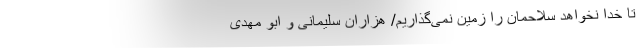
تا خدا نخواهد سلاحمان را زمین نمی‌گذاریم/ هزاران سلیمانی و ابو مهدی